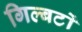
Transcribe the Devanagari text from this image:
गिल्बर्टो